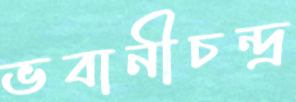
ভবানীচন্দ্র